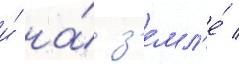
и́ на́ з'емл'е́ /